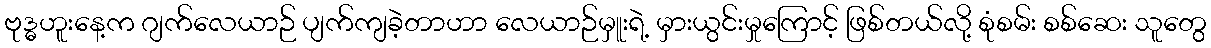
ဗုဒ္ဓဟူးနေ့က ဂျက်လေယာဉ် ပျက်ကျခဲ့တာဟာ လေယာဉ်မှူးရဲ့ မှားယွင်းမှုကြောင့် ဖြစ်တယ်လို့ စုံစမ်း စစ်ဆေး သူတွေ